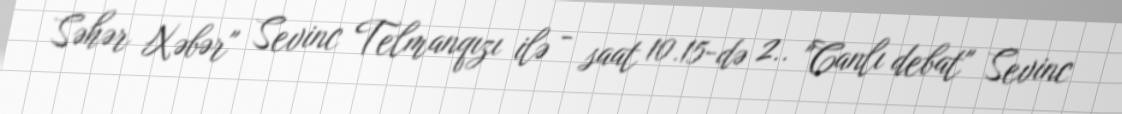
Səhər Xəbər" Sevinc Telmanqızı ilə - saat 10.15-də 2.. "Canlı debat" Sevinc